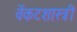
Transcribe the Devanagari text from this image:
वेंकटशास्त्री